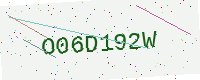
Text: O06D192W